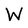
Character: W